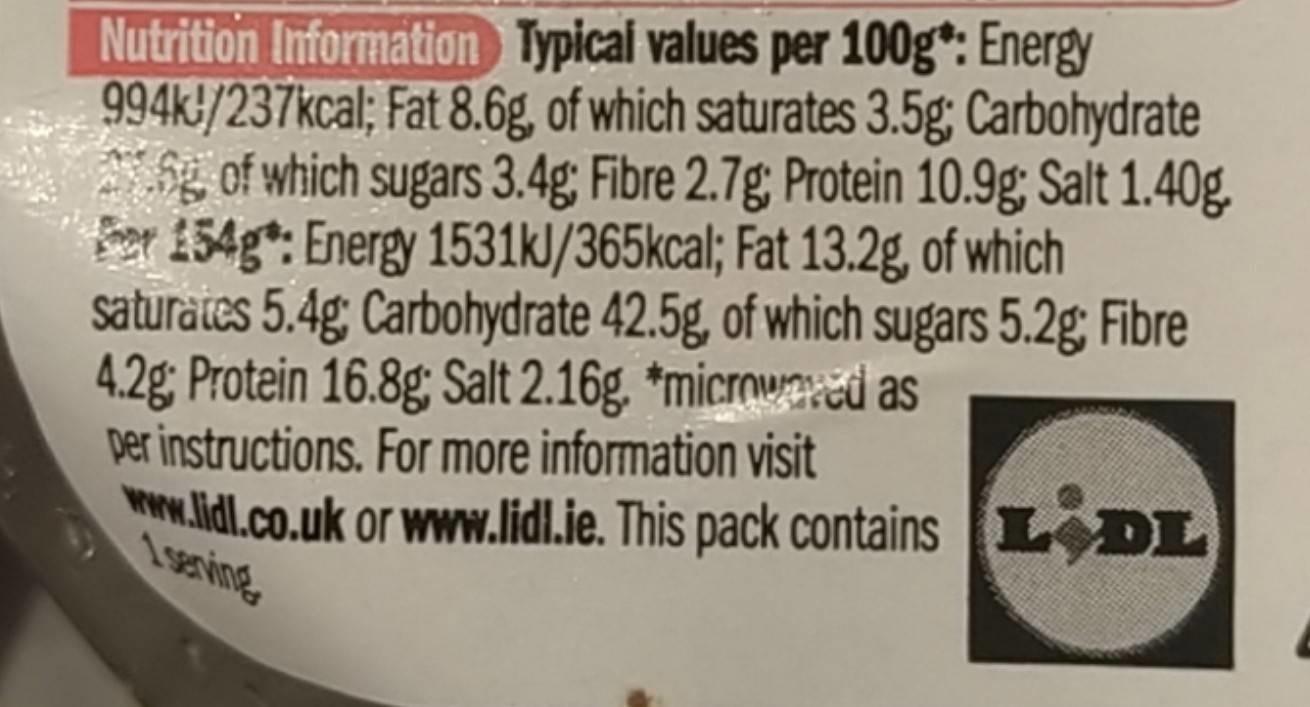
Nutrition Information Typical values per 100g*: Energy 994k!/237kcal; Fat 8.6g, of which saturates 3.5g; Carbohydrate g of which sugars 3.4g; Fibre 2.7g; Protein 10.9g; Salt 1.40g. For 154g*: Energy 1531kJ/365kcal; Fat 13.2g, of which saturates 5.4g: Carbohydrate 42.5g, of which sugars 5.2g; Fibre 4.2g Protein 16.8g; Salt 2.16g. *microwaeed as per instructions. For more information visit ww.lidl.co.uk or www.lidl.je. This pack contains LDL
1serving